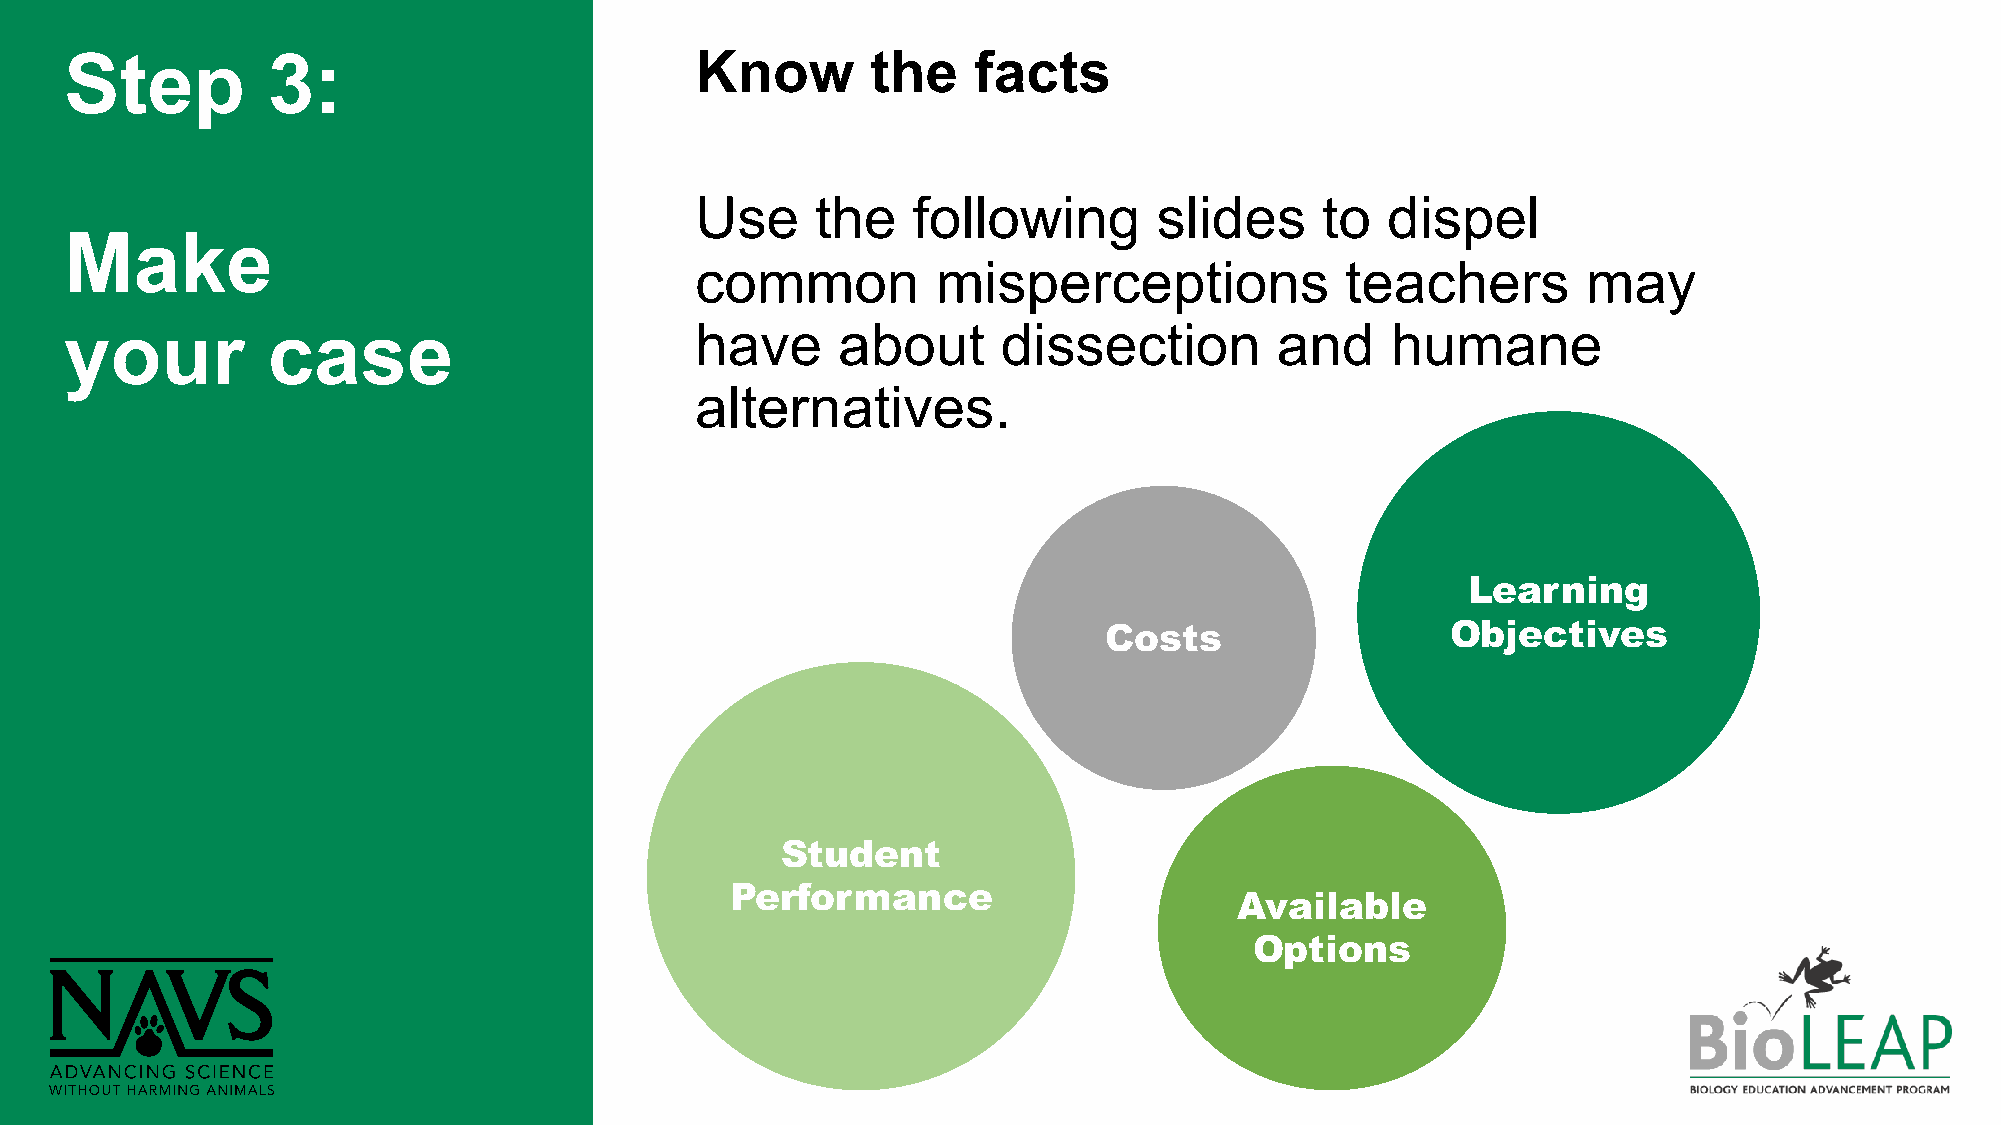
Step          3:                          Know        the   facts
 Use     the   following        slides     to  dispel
 Make
 common          misperceptions             teachers        may
 your          case                        have     about      dissection         and    humane
 alternatives.
 Learning
 Costs                  Objectives
 Student
 Performance
 Available
 Options